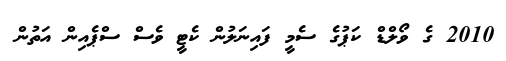
2010 ގެ ވޯލްޑް ކަޕުގެ ސެމީ ފައިނަލުން ކެޓީ ވެސް ސްޕެއިން އަތުން